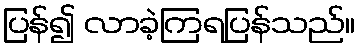
ပြန်၍ လာခဲ့ကြရပြန်သည်။